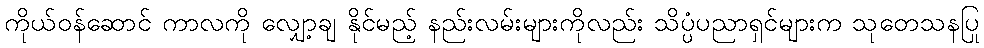
ကိုယ်ဝန်ဆောင် ကာလကို လျှော့ချ နိုင်မည့် နည်းလမ်းများကိုလည်း သိပ္ပံပညာရှင်များက သုတေသနပြု